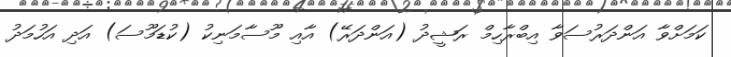
ކަމަށްވާ އަންދަރުސަވާ އިބްރާހިމް ރަޝީދު (އަންދަރޭ) އާއި މޫސާމަނިކު (ކުޑަމޫސަ) އަދި އަހުމަދު